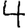
Digit: 4